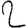
Digit: 2